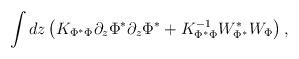
LaTeX: \begin{align*}\int dz \left ( K_{\Phi^*\Phi} \partial_z\Phi^* \partial_z\Phi^*+ K_{\Phi^*\Phi}^{-1} W_{\Phi^*}^* W_{\Phi} \right ),\end{align*}